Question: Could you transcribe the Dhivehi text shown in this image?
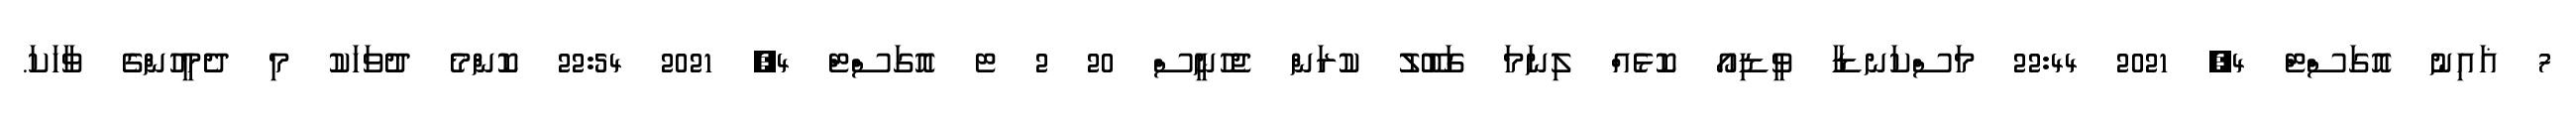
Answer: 7 ޣައިނު އޮގަސްޓް 4, 2021 22:44 މަސްކަނޑާ ވީޑިއޯ ކޮޅެއް ލިނަމަ ގަބޫލު ކުރަން ޖެހުނީސް 20 2 ޓ އޮގަސްޓް 4, 2021 22:54 ކޮންމެ ދުވަހަކު މި ދެމީހުންގެ ވާހަކަ.